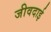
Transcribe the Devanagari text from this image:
जीवदाई